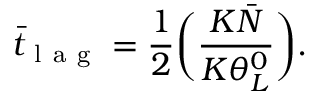
{ { \bar { t } } _ { \mathrm { ~ l ~ a ~ g ~ } } } = \frac { 1 } { 2 } \bigg ( \frac { { K \bar { N } } } { K \theta _ { L } ^ { 0 } } \bigg ) .